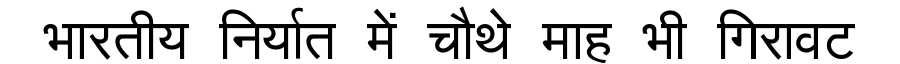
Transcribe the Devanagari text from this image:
भारतीय निर्यात में चौथे माह भी गिरावट